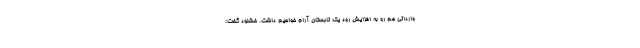
وارداتی هم رو به افزایش رود یک تابستان آرام خواهیم داشت. خشنود گفت: